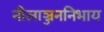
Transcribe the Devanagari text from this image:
नीलाञ्जननिभाय